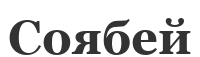
Соябей